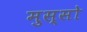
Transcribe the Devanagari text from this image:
मुस्सो